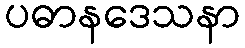
ပဓာနဒေသနာ